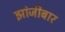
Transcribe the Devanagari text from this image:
झांजीबार